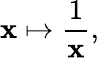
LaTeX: \mathbf{x}\mapsto{\frac{{1}}{{\mathbf{x}}}},